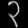
Digit: ၃